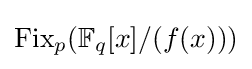
{\textstyle {\text{Fix}}_{p}(\mathbb {F} _{q}[x]/(f(x)))}